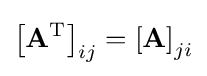
\left[\mathbf {A} ^{\text{T}}\right]_{ij}=\left[\mathbf {A} \right]_{ji}